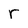
Character: r